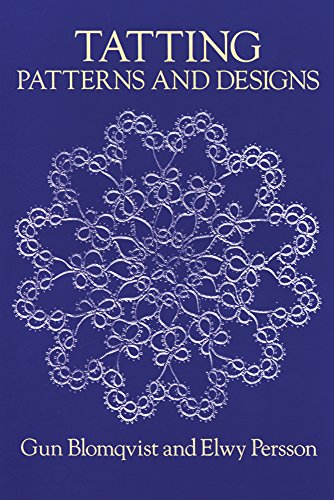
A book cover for Tatting Patterns and Designs (Dover Knitting, Crochet, Tatting, Lace); Gun Blomqvist; Crafts, Hobbies & Home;